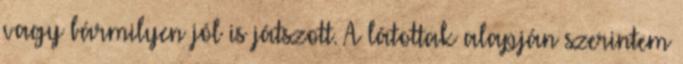
vagy bármilyen jól is játszott. A látottak alapján szerintem